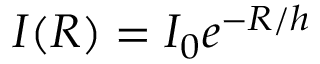
I ( R ) = I _ { 0 } e ^ { - R / h }